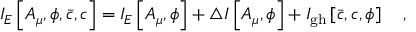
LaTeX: I _ { E } \left[ A _ { \mu } , \phi , \bar { c } , c \right] = I _ { E } \left[ A _ { \mu } , \phi \right] + \triangle I \left[ A _ { \mu } , \phi \right] + I _ { \mathrm { g h } } \left[ \bar { c } , c , \phi \right] ~ ~ ~ ,